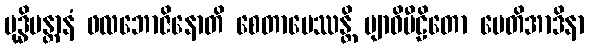
ဗုဒ္ဓိမန္တာနံ ဖလဘောဇိနောတိ စေတာပေဿန္တိ ဗျာဓိပီဠိတော မေတိအာဒိနာ